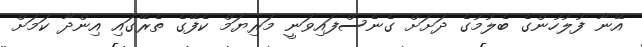
އޭނާ ފުލުހުންގެ ބެލުމުގެ ދަށަށް ގެނެސްފައިވަނީ މަރިޔަމް ކެފޭގެ ތެރޭގައި އިންދާ ކަމަށް